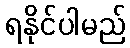
ရနိုင်ပါမည်